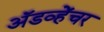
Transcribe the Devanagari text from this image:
अॅडव्हेंचर